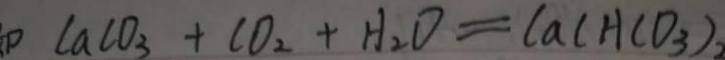
\square C a C O _ { 3 } + C O _ { 2 } + H _ { 2 } O = C a ( H C O _ { 3 } )